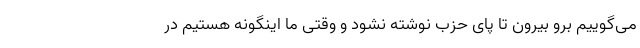
می‌گوییم برو بیرون تا پای حزب نوشته نشود و وقتی ما اینگونه هستیم در